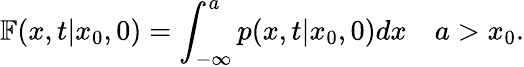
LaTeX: \mathbb{F}(x,t|x_{0},0)=\int_{-\infty}^{a}p(x,t|x_{0},0)dx\quad a>x_{0}.